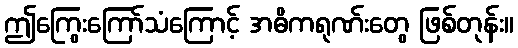
ဤကြွေးကြော်သံကြောင့် အဓိကရုဏ်းတွေ ဖြစ်တုန်း။